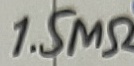
Text: 1.5MΩ